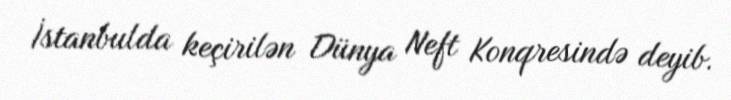
İstanbulda keçirilən Dünya Neft Konqresində deyib.